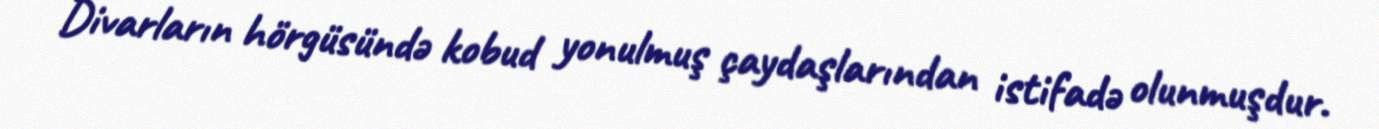
Divarların hörgüsündə kobud yonulmuş çaydaşlarından istifadə olunmuşdur.